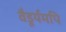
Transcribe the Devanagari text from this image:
वैडूर्यमपि